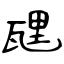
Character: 瓼